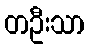
တဦးသာ